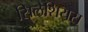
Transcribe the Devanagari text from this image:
सिलेशियस